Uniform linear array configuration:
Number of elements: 64
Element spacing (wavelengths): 0.5
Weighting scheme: blackman
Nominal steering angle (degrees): -30
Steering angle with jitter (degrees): -30.139
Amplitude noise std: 0.05
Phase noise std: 0.05

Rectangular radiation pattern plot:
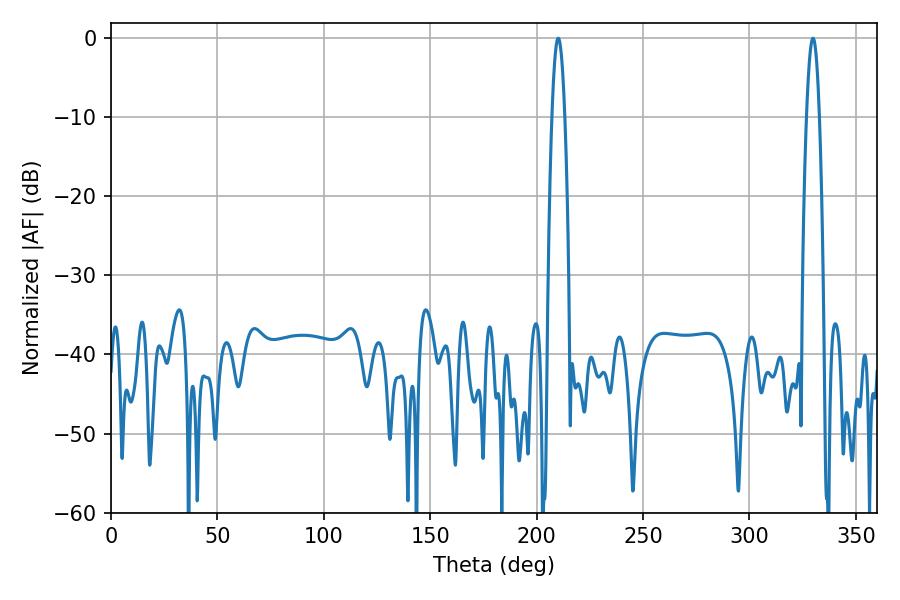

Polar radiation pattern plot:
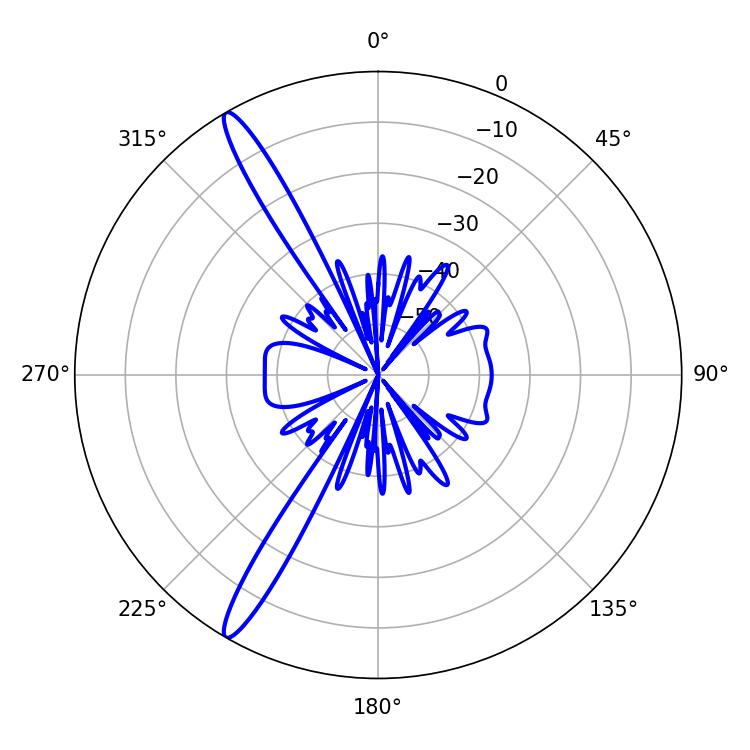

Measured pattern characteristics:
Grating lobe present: FALSE
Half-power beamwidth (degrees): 3.42
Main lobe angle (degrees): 210.06